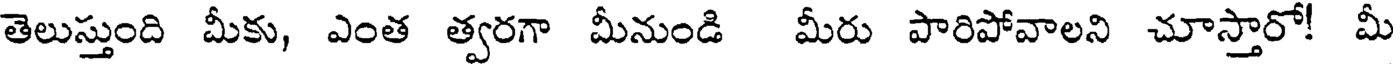
తెలుస్తుంది మీకు, ఎంత త్వరగా మీనుండి మీరు పారిపోవాలని చూస్తారో! మీ